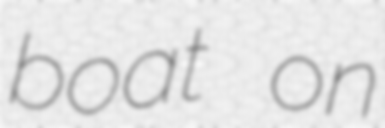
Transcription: boat on